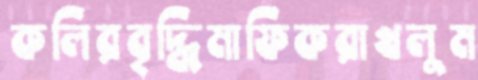
কলিরবৃদ্ধিমাফিকরাখলুম